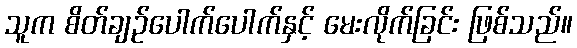
သူက စိတ်ချဉ်ပေါက်ပေါက်နှင့် မေးလိုက်ခြင်း ဖြစ်သည်။